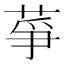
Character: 𦱊